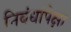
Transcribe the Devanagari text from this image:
निबंधांपेक्षा